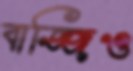
বাজ্জিও